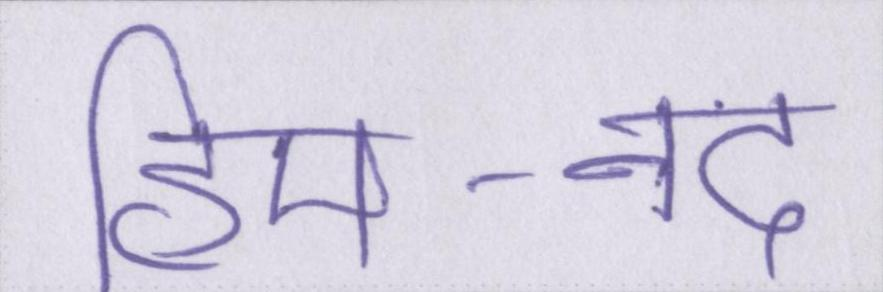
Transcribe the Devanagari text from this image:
हिम-नद